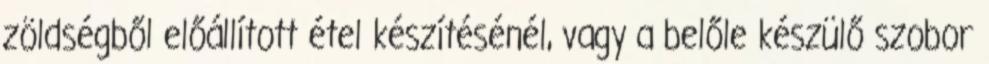
zöldségből előállított étel készítésénél, vagy a belőle készülő szobor